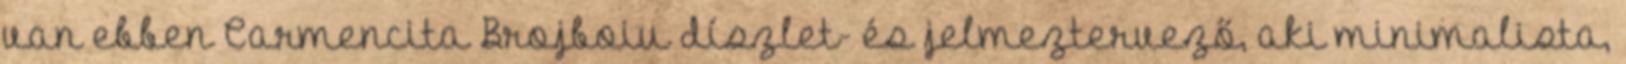
van ebben Carmencita Brojboiu díszlet- és jelmeztervező, aki minimalista,